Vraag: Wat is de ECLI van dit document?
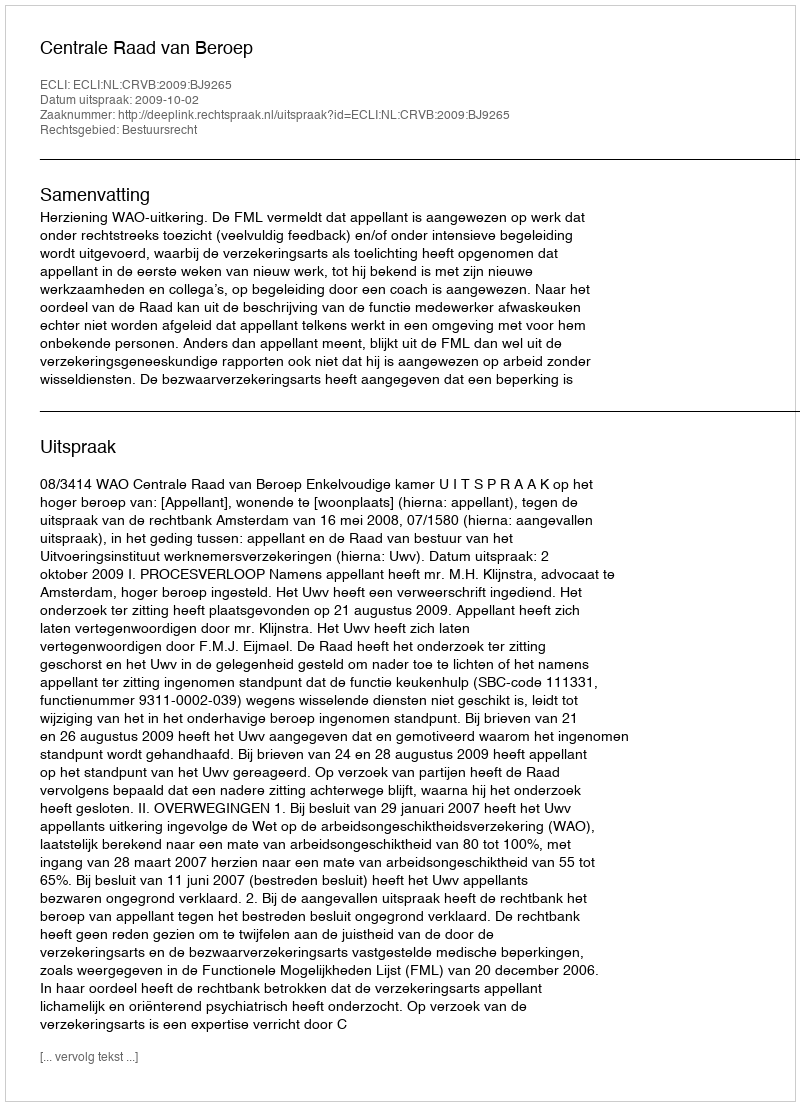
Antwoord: ECLI:NL:CRVB:2009:BJ9265